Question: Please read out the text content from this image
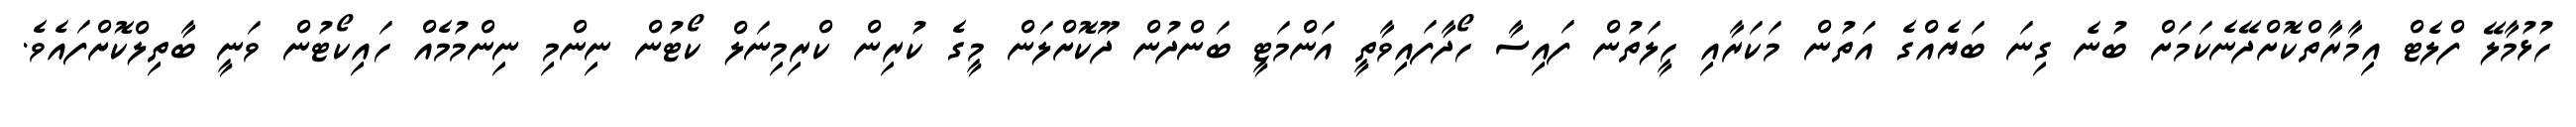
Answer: ހުޅުމާލޭ ފްލެޓް އިމާރާތްކޮށްދޭނެކަމަށް ބުނެ ގިނަ ބަޔެއްގެ އަތުން މަކަރާއި ހީލަތުން ފައިސާ ހޯދާފައިވާތީ އަންމަޓީ ބަންދުން ދޫކޮށްލަން މީގެ ކުރިން ކްރިމިނަލް ކޯޓުން ނިންމި ނިންމުމެއް ހައިކޯޓުން ވަނީ ބާތިލްކޮށްފައެވެ.